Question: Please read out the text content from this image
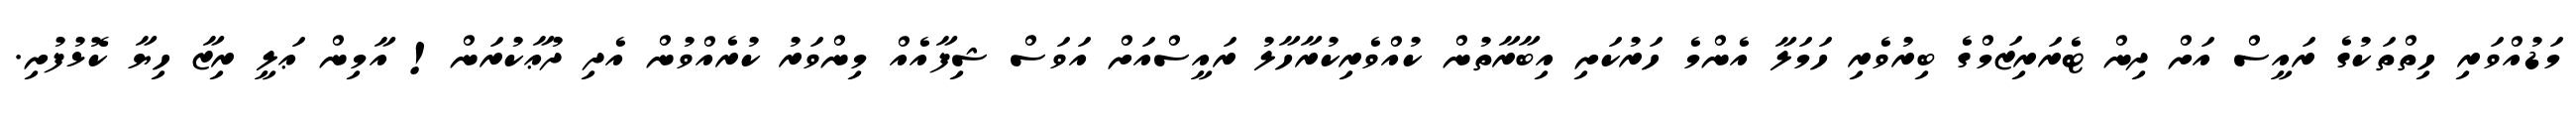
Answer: މަޑުއްވަރި ހިތްތަކުގެ ރައީސް އަށް ދިން ޓެރަރިޒަމްގެ ބިރުވެރި ހަމަލާ އެންމެ ހަރުކަށި އިބާރާތުން ކުއްވެރިކުރާހާލު ރައީސްއަށް އަވަސް ޝިފާއެއް މިންވަރު ކުރެއްވުން އެދި ދުޢާކުރަން! އާމިން ޢަލީ ރިޒާ ހިޔާ ކޮޅުފުށި.